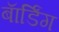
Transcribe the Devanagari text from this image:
बाॅर्डिंग